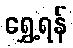
ရွှေ့ရန်